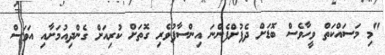
"މި މަސައްކަތް ވީހާވެސް ބޮޑަށް ދެފުށްފެންނަ އިންސާފުވެރި ގޮތަށް ކުރިއަށް ގެންދިއުމަށާއި އަވަސް